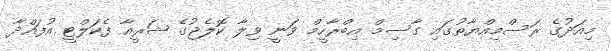
މިއަދުގެ ރަސްމިއްޔާތުގައި ގާސިމް އިބްރާހީމް ވަނީ ވިލާ ކޮލެޖުގެ ޝަރީއާ ފެކަލްޓީ އުފައްދާ